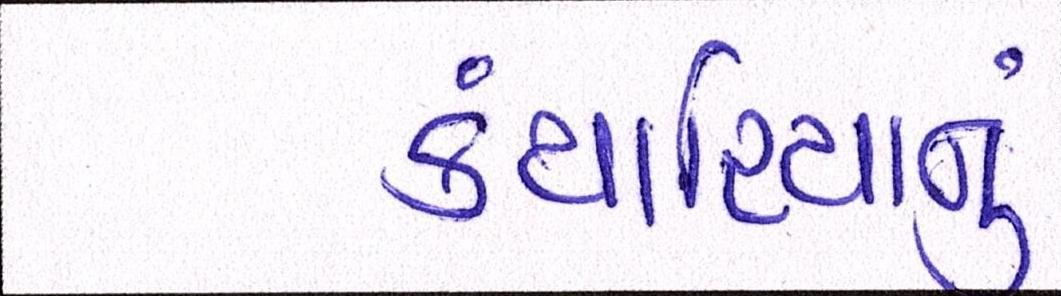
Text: કંથારિયાનું